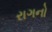
રાગનો